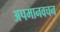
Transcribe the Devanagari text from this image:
अपमानवचन